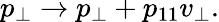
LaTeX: p_{\bot}\rightarrow p_{\bot}+p_{11}v_{\bot}.